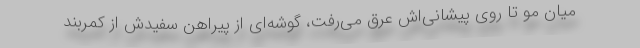
میان مو تا روی پیشانی‌اش عرق می‌رفت، گوشه‌ای از پیراهن سفیدش از کمربند